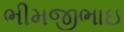
ભીમજીભાઇ